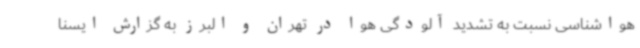
هواشناسی نسبت به تشدید آلودگی هوا در تهران و البرز به گزارش ایسنا